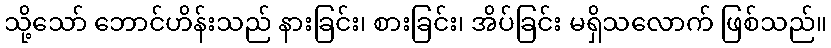
သို့သော် ဘောင်ဟိန်းသည် နားခြင်း၊ စားခြင်း၊ အိပ်ခြင်း မရှိသလောက် ဖြစ်သည်။